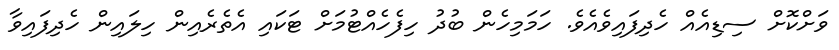
ވަށްކޮށް ސިޑިއެއް ހެދިފައިވެއެވެ. ހަމަމިހެން ބުދު ހިފެހެއްޓުމަށް ޓަކައި އެތެރެއިން ހިލައިން ހެދިފައިވާ